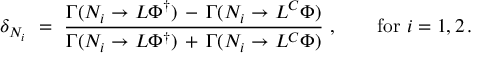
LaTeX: \delta _ { N _ { i } } \ = \ \frac { \Gamma ( N _ { i } \to L \Phi ^ { \dagger } ) \, - \, \Gamma ( N _ { i } \to L ^ { C } \Phi ) } { \Gamma ( N _ { i } \to L \Phi ^ { \dagger } ) \, + \, \Gamma ( N _ { i } \to L ^ { C } \Phi ) } \ , \qquad \mathrm { f o r } \ i = 1 , 2 \, .